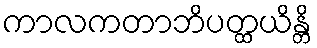
ကာလကတာဘိပတ္ထယိန္တိ